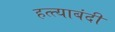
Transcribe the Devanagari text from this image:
हत्त्याबंदी